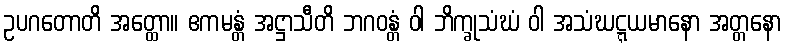
ဥပဂတောတိ အတ္ထော။ ဧကမန္တံ အဋ္ဌာသီတိ ဘဂဝန္တံ ဝါ ဘိက္ခုသံဃံ ဝါ အသံဃဋ္ဋယမာနော အတ္တနော